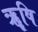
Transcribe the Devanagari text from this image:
ॠृषि